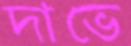
দাভে